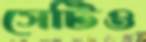
সেটিও